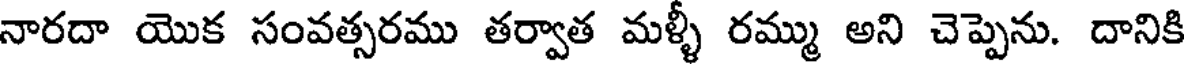
నారదా యొక సంవత్సరము తర్వాత మళ్ళీ రమ్ము అని చెప్పెను. దానికి